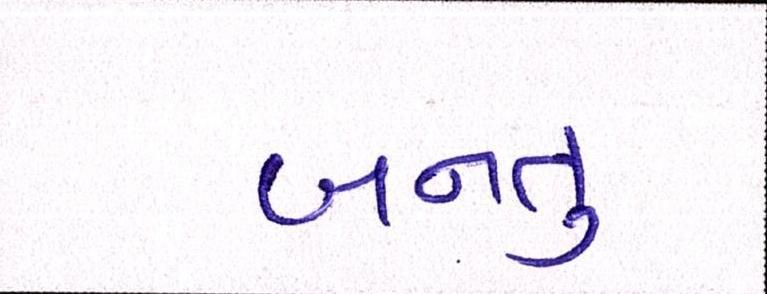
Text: બનતુ